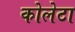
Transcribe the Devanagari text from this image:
कोलेटा